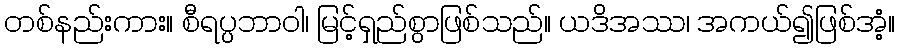
တစ်နည်းကား။ စီရပ္ပဘာဝါ၊ မြင့်ရှည်စွာဖြစ်သည်။ ယဒိအဿ၊ အကယ်၍ဖြစ်အံ့။